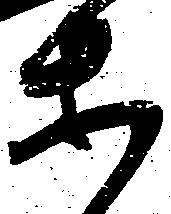
等